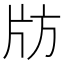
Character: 𰠚